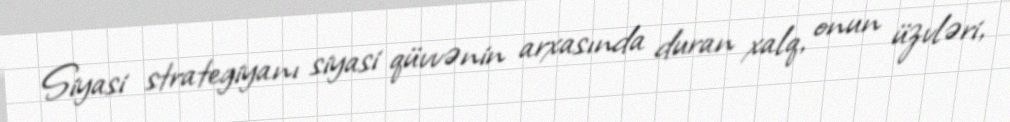
Siyasi strategiyanı siyasi qüvvənin arxasında duran xalq, onun üzvləri,